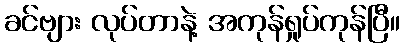
ခင်ဗျား လုပ်တာနဲ့ အကုန်ရှုပ်ကုန်ပြီ။